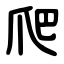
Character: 爬